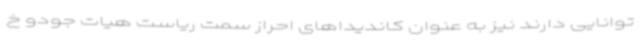
توانایی دارند نیز به عنوان کاندیداهای احراز سمت ریاست هیات جودو خ